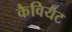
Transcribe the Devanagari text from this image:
कैवियट